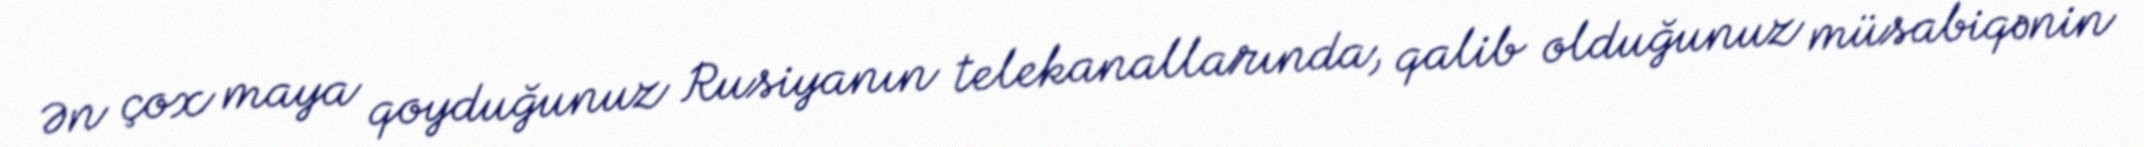
Ən çox maya qoyduğunuz Rusiyanın telekanallarında, qalib olduğunuz müsabiqənin